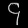
Digit: ၄